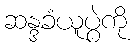
ဆန္ဒခံယူပွဲကို